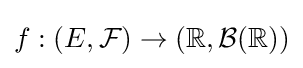
f:(E,{\mathcal {F}})\to (\mathbb {R} ,{\mathcal {B}}(\mathbb {R} ))